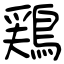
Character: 鶏